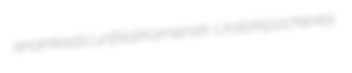
anankastic unfilial Kamensk-Uralski packeries